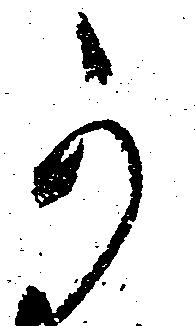
可